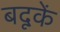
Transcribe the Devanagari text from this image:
बदूकें